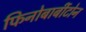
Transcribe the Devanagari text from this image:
फिनोबार्बीटोन